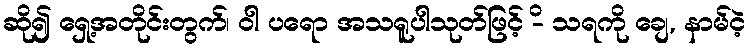
ဆို၍ ရှေ့အတိုင်းတွက်၊ ဝါ ပရော အသရူပါသုတ်ဖြင့် -ိ သရကို ချေ, နာမ်ငဲ့